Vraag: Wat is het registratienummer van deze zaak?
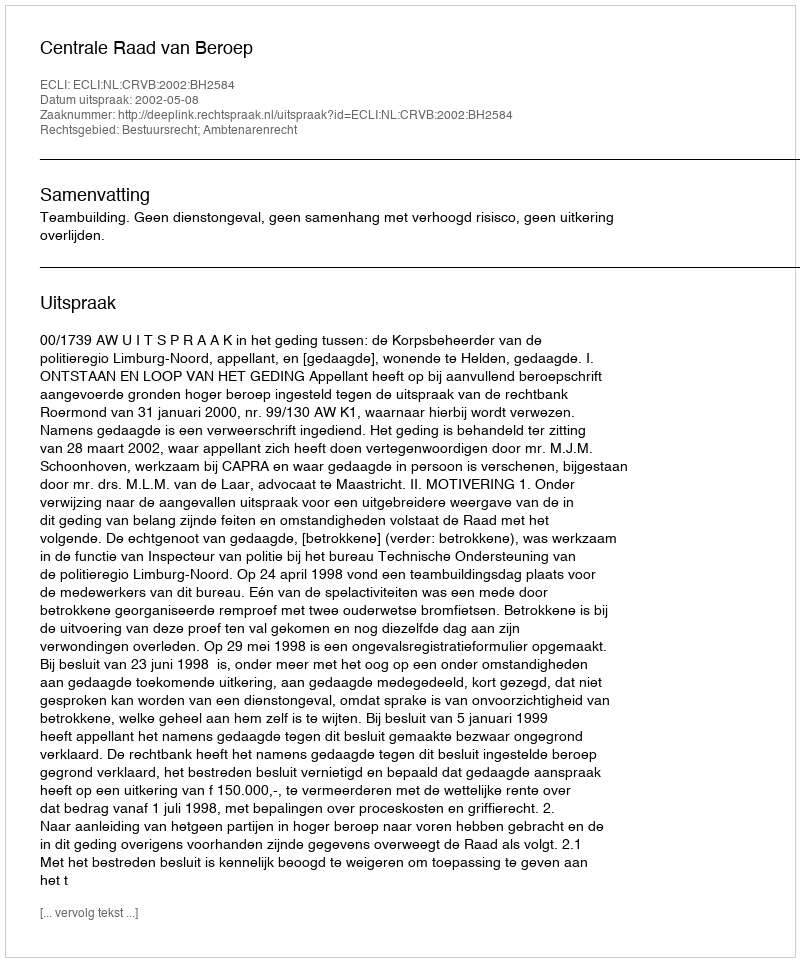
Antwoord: http://deeplink.rechtspraak.nl/uitspraak?id=ECLI:NL:CRVB:2002:BH2584